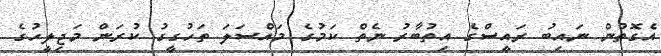
އެގޮތުން ނައިބު ރައީސްގެ އިތުބާރު ނެތް ކަމުގެ މައްސަލަ ތަހުގީގު ކުރަން މަޖިލީހުގެ